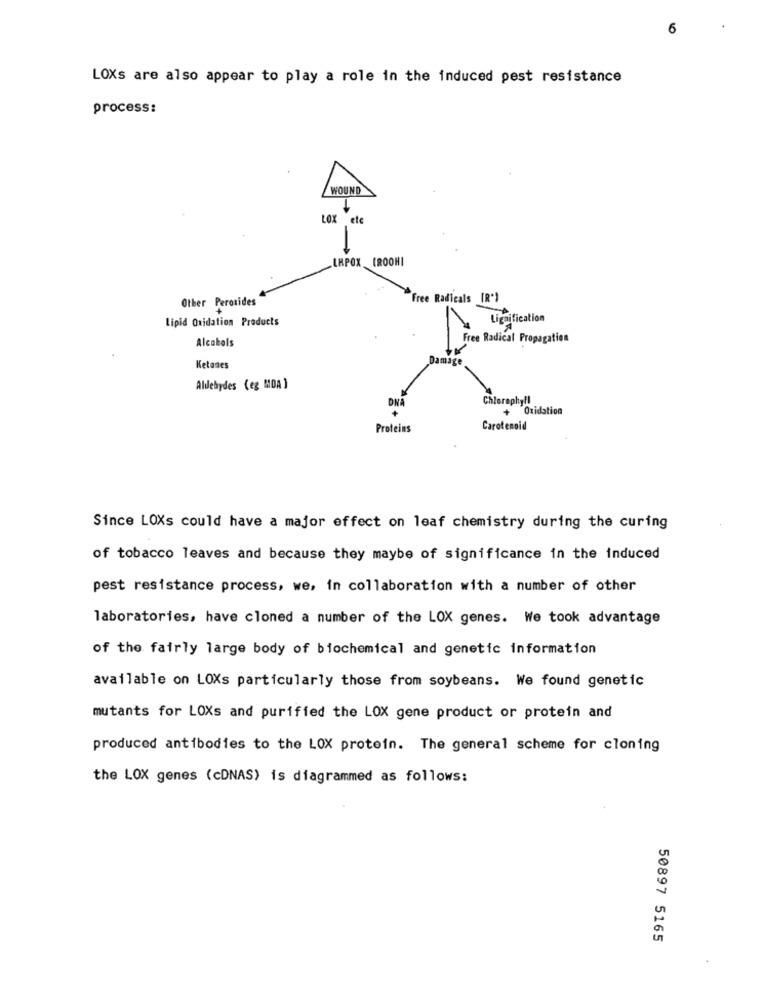
6
LOXs are also appear to play a role in the induced pest resistance
process:
WOUND
-
LOX
ete
LKPOX CROOHI
Other Peroxides
"Free Radicals [R')
Lipid Oxidation Products
Ligaification
Alcabols
Free Radical Propagation
Dam
Ketanes
Aldehydes (eg MOA )
Chleraphyfl
DNA
+ Oxidation
Proteins
Carotenoid
Since LOXs could have a major effect on leaf chemistry during the curing
of tobacco leaves and because they maybe of significance in the induced
pest resistance process, we, in collaboration with a number of other
laboratories, have cloned a number of the LOX genes. We took advantage
of the fairly large body of biochemical and genetic information
available on LOXs particularly those from soybeans. We found genetic
mutants for LOXs and purified the LOX gene product or protein and
produced antibodies to the LOX protein. The general scheme for cloning
the LOX genes (cDNAS) is diagrammed as follows:
50897 5165